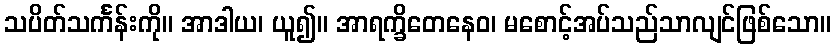
သပိတ်သင်္ကန်းကို။ အာဒါယ၊ ယူ၍။ အာရက္ခိတေနေဝ၊ မစောင့်အပ်သည်သာလျင်ဖြစ်သော။